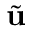
\tilde { \textbf { u } }